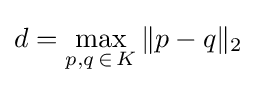
d=\max _{p,q\,\in \,K}\|p-q\|_{2}